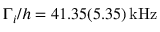
\Gamma _ { i } / h = 4 1 . 3 5 ( 5 . 3 5 ) \, \mathrm { { k H z } }